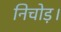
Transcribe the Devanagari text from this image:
निचोड़।